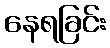
နေရခြင်း